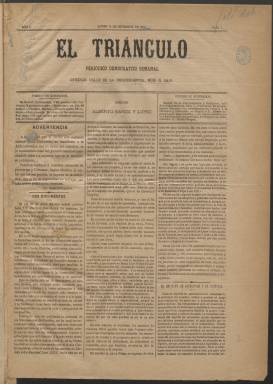
Título: El Triángulo (Madrid. 1884)
Colección: Periódicos
Ámbito geográfico: Madrid
Lugar de publicación: Madrid
Fechas: 15/09/1884-10/11/1884